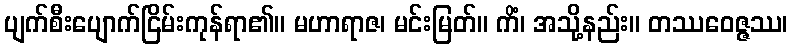
ပျက်စီးပျောက်ငြိမ်းကုန်ရာ၏။ မဟာရာဇ၊ မင်းမြတ်။ ကိံ၊ အသို့နည်း။ တဿဝေဇ္ဇဿ၊